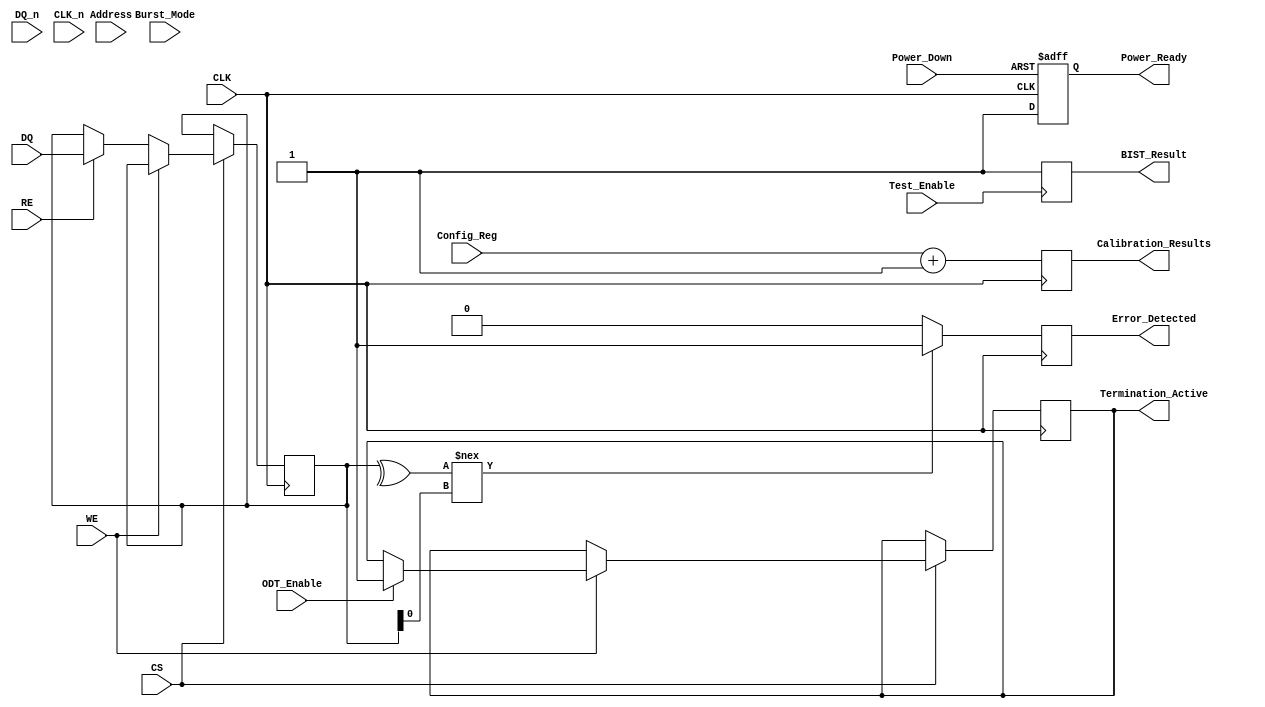
module gddr2_io_block (
    // Differential Data Pins
    input wire [31:0] DQ,        // Data Input/Output
    input wire [31:0] DQ_n,      // Inverted Data Input/Output

    // Address and Control Signals
    input wire [15:0] Address,    // Address Input
    input wire CS,                // Chip Select
    input wire WE,                // Write Enable
    input wire RE,                // Read Enable
    input wire Burst_Mode,        // Burst Mode Control

    // Differential Clock Pins
    input wire CLK,               // Clock Input
    input wire CLK_n,             // Inverted Clock Input

    // Power Management Signals
    input wire Power_Down,        // Power Down Mode
    output reg Power_Ready,       // Power Ready Signal

    // Termination Control
    input wire ODT_Enable,        // On-Die Termination Enable
    output reg Termination_Active, // Termination Active Signal

    // Error Detection and Correction
    output reg Error_Detected,    // Error Detection Signal

    // Configuration and Calibration
    input wire [7:0] Config_Reg,  // Configuration Register
    output reg [7:0] Calibration_Results, // Calibration Results

    // Testing and Debugging Signals
    input wire Test_Enable,        // Test Enable Signal
    output reg BIST_Result         // Built-in Self Test Result
);

    // Internal signals
    reg [31:0] data_in;
    reg [31:0] data_out;
    reg [15:0] address_reg;
    reg power_state;

    // Initialization
    initial begin
        Power_Ready = 1'b0;
        Termination_Active = 1'b0;
        Error_Detected = 1'b0;
        Calibration_Results = 8'h00;
        BIST_Result = 1'b0;
        power_state = 1'b0;
    end

    // Power Management
    always @(posedge CLK or negedge Power_Down) begin
        if (!Power_Down) begin
            power_state <= 1'b0; // Power down state
            Power_Ready <= 1'b0;
        end else begin
            power_state <= 1'b1; // Active state
            Power_Ready <= 1'b1;
        end
    end

    // Data Transmission Logic
    always @(posedge CLK) begin
        if (CS) begin
            if (WE) begin
                // Write Operation
                data_out <= DQ; // Capture Data
                // Handle termination
                if (ODT_Enable) begin
                    Termination_Active <= 1'b1;
                end
            end else if (RE) begin
                // Read Operation
                data_in <= DQ; // Read Data
            end
        end
    end

    // Error Detection Logic
    always @(posedge CLK) begin
        // Simple parity check for error detection
        if (^data_in !== data_in[0]) begin
            Error_Detected <= 1'b1; // Error detected
        end else begin
            Error_Detected <= 1'b0;
        end
    end

    // Configuration and Calibration
    always @(posedge CLK) begin
        // Example calibration logic
        Calibration_Results <= Config_Reg + 1; // Dummy calibration logic
    end

    // Built-in Self Test (BIST)
    always @(posedge Test_Enable) begin
        // Dummy BIST logic
        BIST_Result <= 1'b1; // Assume test passed
    end

endmodule